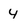
Character: 4